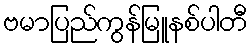
ဗမာပြည်ကွန်မြူနစ်ပါတီ